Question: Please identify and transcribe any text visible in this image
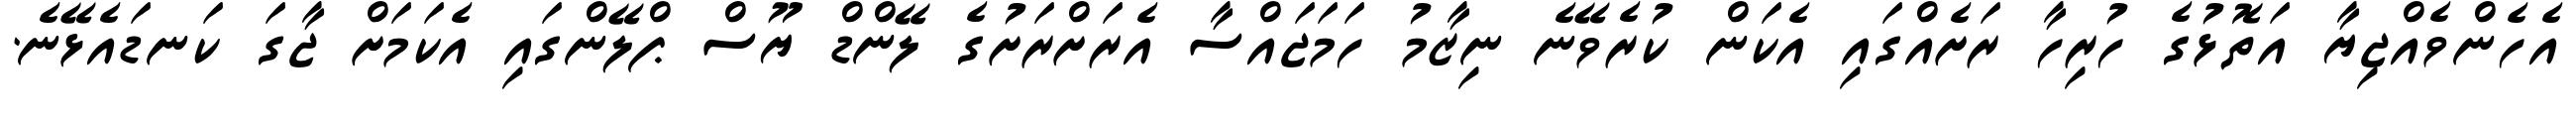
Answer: އެހެންވެއްޖިޔާ އަތޮޅުގެ ހުރިހާ ރަށެއްގައި އެކަން ކުރެވޭނެ ނިޒާމު ހަމަޖައްސާ އެރަށްރަށުގެ ލޭންޑް ޔޫސް ޕްލޭންގައި އެކަމަށް ޖާގަ ކަނޑައެޅޭނެ.